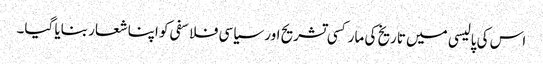
اس کی پالیسی میں تاریخ کی مارکسی تشریح اور سیاسی فلاسفی کو اپنا شعار بنایا گیا۔